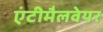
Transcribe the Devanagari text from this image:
एंटीमैलवेयर